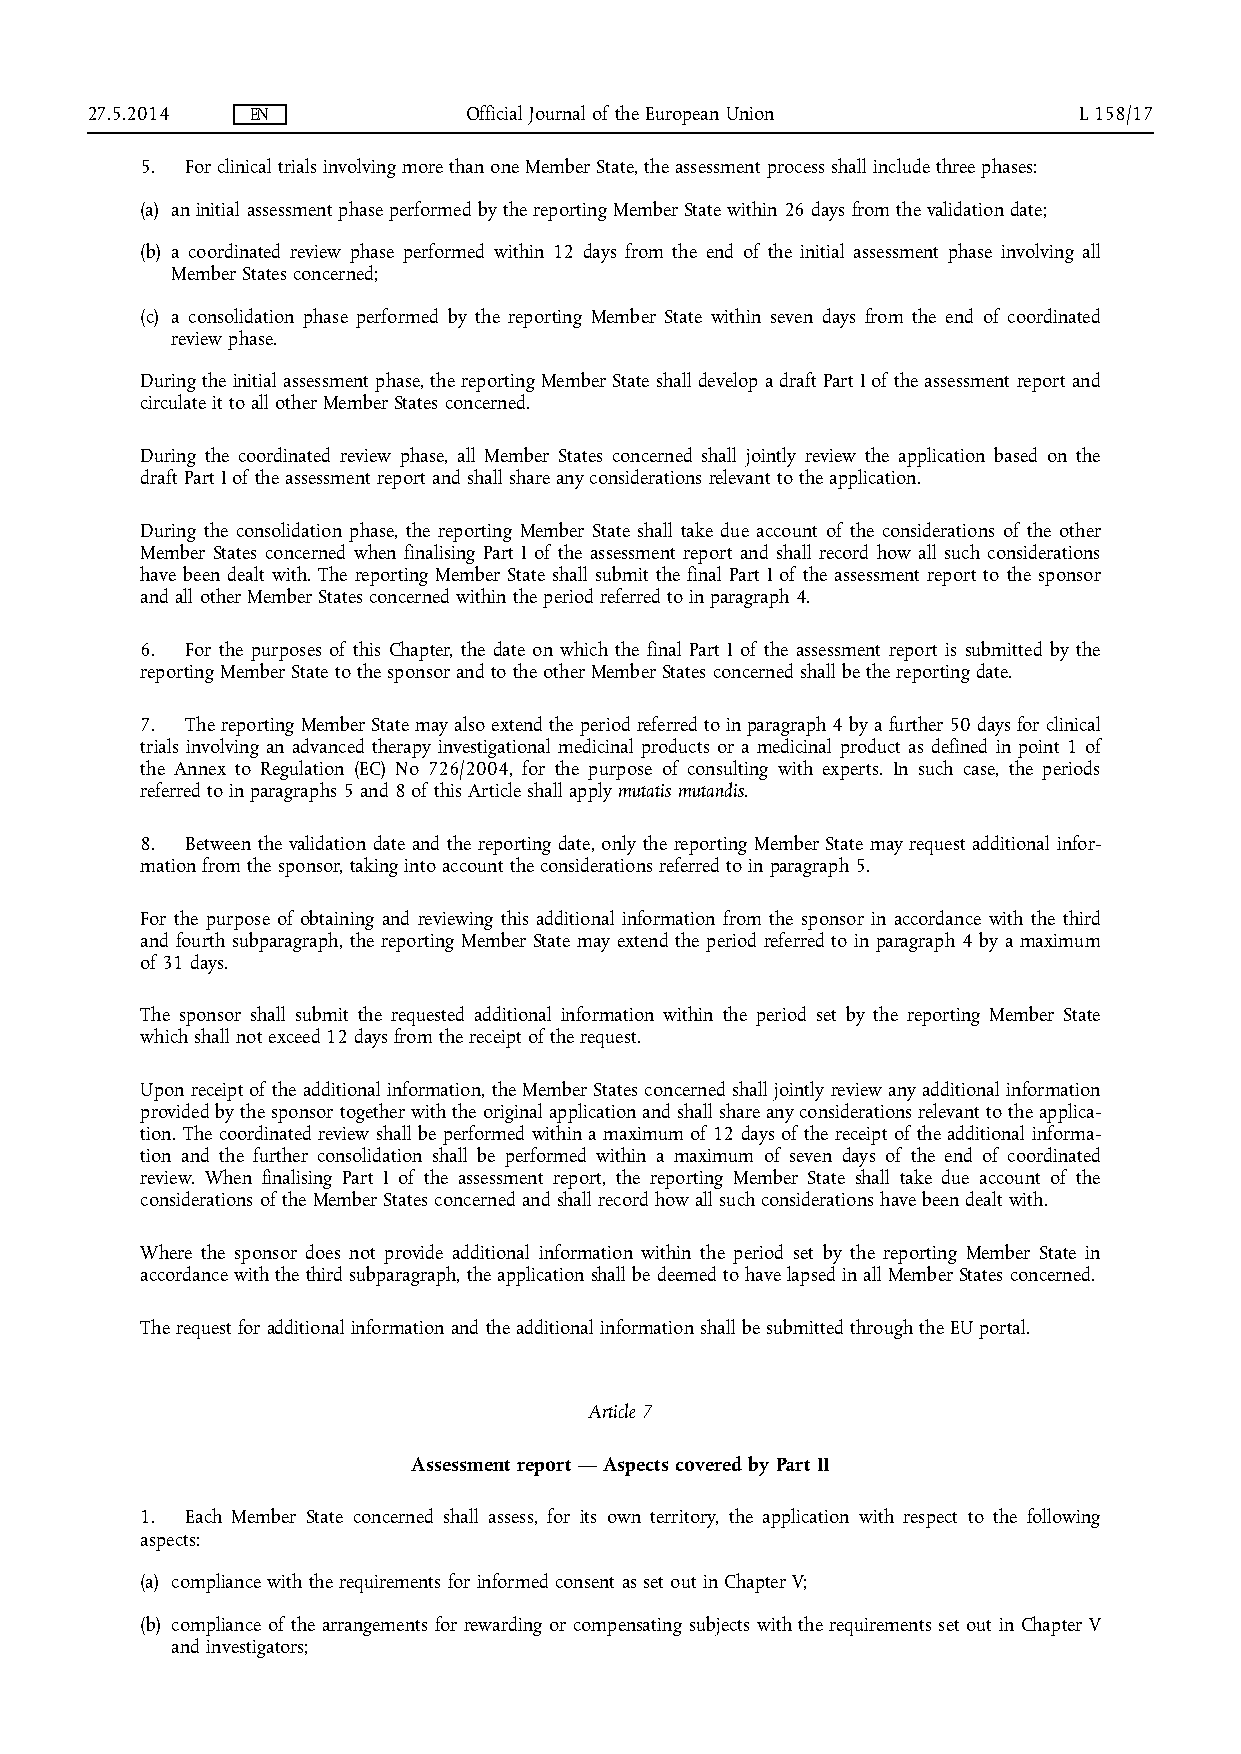
27.5.2014  EN            Official Journal of the European Union  L 158/17
 5. For clinical trials involving more than one Member State, the assessment process shall include three phases:
 (a) an initial assessment phase performed by the reporting Member State within 26 days from the validation date;
 (b) a coordinated review phase performed within 12 days from the end of the initial assessment phase involving all
 Member States concerned;
 (c) a consolidation phase performed by the reporting Member State within seven days from the end of coordinated
 review phase.
 During the initial assessment phase, the reporting Member State shall develop a draft Part I of the assessment report and
 circulate it to all other Member States concerned.
 During the coordinated review phase, all Member States concerned shall jointly review the application based on the
 draft Part I of the assessment report and shall share any considerations relevant to the application.
 During the consolidation phase, the reporting Member State shall take due account of the considerations of the other
 Member States concerned when finalising Part I of the assessment report and shall record how all such considerations
 have been dealt with. The reporting Member State shall submit the final Part I of the assessment report to the sponsor
 and all other Member States concerned within the period referred to in paragraph 4.
 6. For the purposes of this Chapter, the date on which the final Part I of the assessment report is submitted by the
 reporting Member State to the sponsor and to the other Member States concerned shall be the reporting date.
 7. The reporting Member State may also extend the period referred to in paragraph 4 by a further 50 days for clinical
 trials involving an advanced therapy investigational medicinal products or a medicinal product as defined in point 1 of
 the Annex to Regulation (EC) No 726/2004, for the purpose of consulting with experts. In such case, the periods
 referred to in paragraphs 5 and 8 of this Article shall apply mutatis mutandis.
 8. Between the validation date and the reporting date, only the reporting Member State may request additional infor­
 mation from the sponsor, taking into account the considerations referred to in paragraph 5.
 For the purpose of obtaining and reviewing this additional information from the sponsor in accordance with the third
 and fourth subparagraph, the reporting Member State may extend the period referred to in paragraph 4 by a maximum
 of 31 days.
 The sponsor shall submit the requested additional information within the period set by the reporting Member State
 which shall not exceed 12 days from the receipt of the request.
 Upon receipt of the additional information, the Member States concerned shall jointly review any additional information
 provided by the sponsor together with the original application and shall share any considerations relevant to the applica­
 tion. The coordinated review shall be performed within a maximum of 12 days of the receipt of the additional informa­
 tion and the further consolidation shall be performed within a maximum of seven days of the end of coordinated
 review. When finalising Part I of the assessment report, the reporting Member State shall take due account of the
 considerations of the Member States concerned and shall record how all such considerations have been dealt with.
 Where the sponsor does not provide additional information within the period set by the reporting Member State in
 accordance with the third subparagraph, the application shall be deemed to have lapsed in all Member States concerned.
 The request for additional information and the additional information shall be submitted through the EU portal.
 Article 7
 Assessment report — Aspects covered by Part II
 1. Each Member State concerned shall assess, for its own territory, the application with respect to the following
 aspects:
 (a) compliance with the requirements for informed consent as set out in Chapter V;
 (b) compliance of the arrangements for rewarding or compensating subjects with the requirements set out in Chapter V
 and investigators;